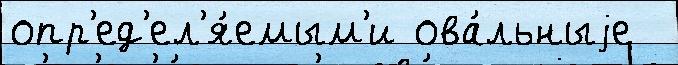
опр'ед'ел'я́емым'и ова́льныjе